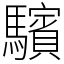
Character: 驞